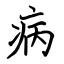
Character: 病